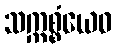
သက္ကစ္စံယေဝ